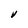
Character: V